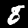
Label: 8